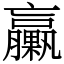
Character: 臝